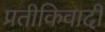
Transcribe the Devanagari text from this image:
प्रतीकिवादी